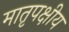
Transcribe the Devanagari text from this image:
मातृपक्षीय